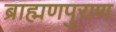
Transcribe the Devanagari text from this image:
ब्राह्मणपुराण